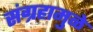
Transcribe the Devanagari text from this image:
संग्रहामुळे